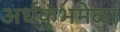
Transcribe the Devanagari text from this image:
अर्धकुंभमेळा